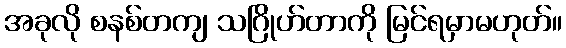
အခုလို စနစ်တကျ သဂြိုဟ်တာကို မြင်ရမှာမဟုတ်။